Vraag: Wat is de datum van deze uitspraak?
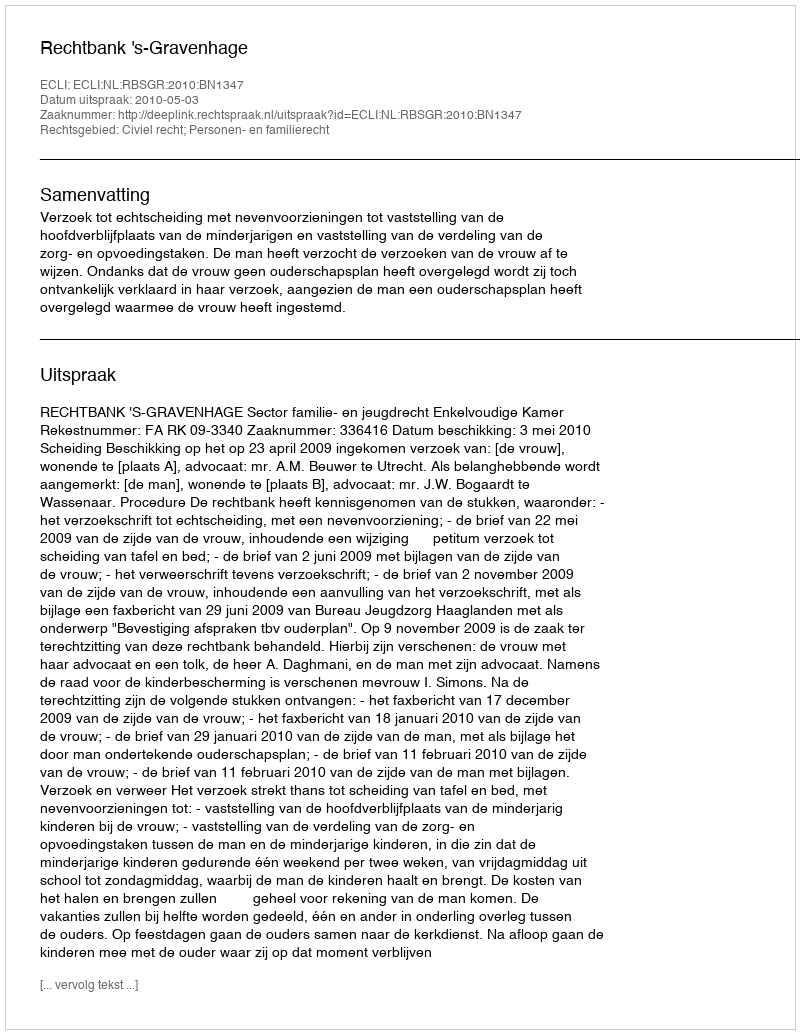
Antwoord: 2010-05-03